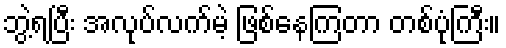
ဘွဲ့ရပြီး အလုပ်လက်မဲ့ ဖြစ်နေကြတာ တစ်ပုံကြီး။